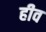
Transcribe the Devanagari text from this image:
हीव